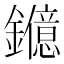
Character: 𨯑